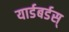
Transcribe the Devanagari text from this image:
यार्डबर्डस्